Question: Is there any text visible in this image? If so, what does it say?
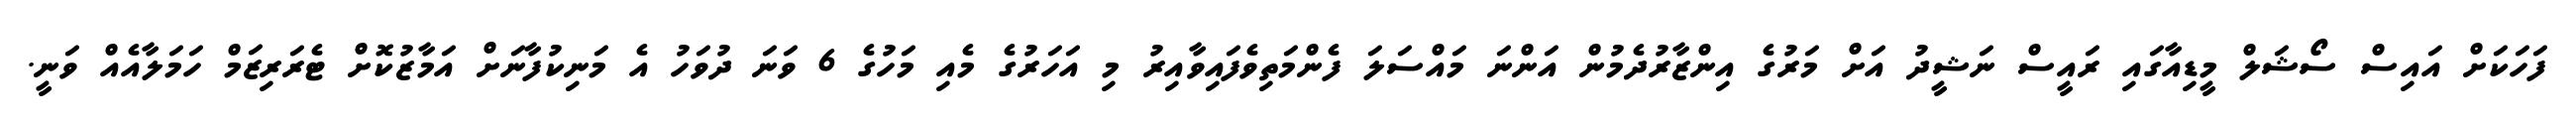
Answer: ފަހަކަށް އައިސް ސޯޝަލް މީޑިއާގައި ރައީސް ނަޝީދު އަށް މަރުގެ އިންޒާރުދެމުން އަންނަ މައްސަލަ ފެންމަތިވެފައިވާއިރު މި އަހަރުގެ މެއި މަހުގެ 6 ވަނަ ދުވަހު އެ މަނިކުފާނަށް އަމާޒުކޮށް ޓެރަރިޒަމް ހަމަލާއެއް ވަނީ.